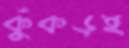
কুঁকড়ই